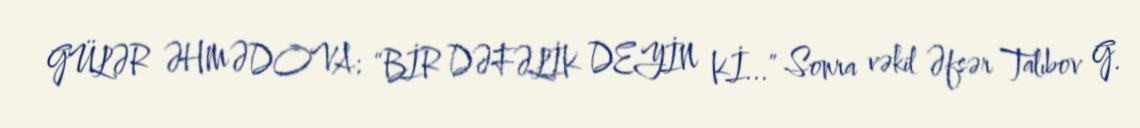
GÜLƏR ƏHMƏDOVA: “BİR DƏFƏLİK DEYİN Kİ...” Sonra vəkil Əfsər Talıbov G.